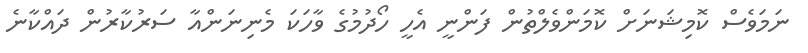
ނަމަވެސް ކޮމިޝަނަށް ކޮމަންވެލްތުން ފަންނީ އެހީ ހޯދުމުގެ ވާހަކަ މެނިނަންއާ ސަރުކާރުން ދައްކާނެ